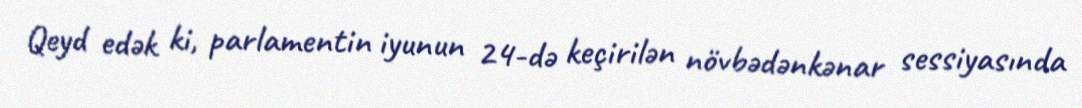
Qeyd edək ki, parlamentin iyunun 24-də keçirilən növbədənkənar sessiyasında